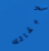
لإبقائك